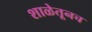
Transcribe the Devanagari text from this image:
शाळेतूनच